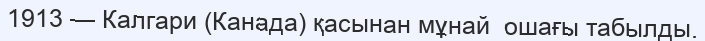
1913 — Калгари (Канада) қасынан мұнай  ошағы табылды.